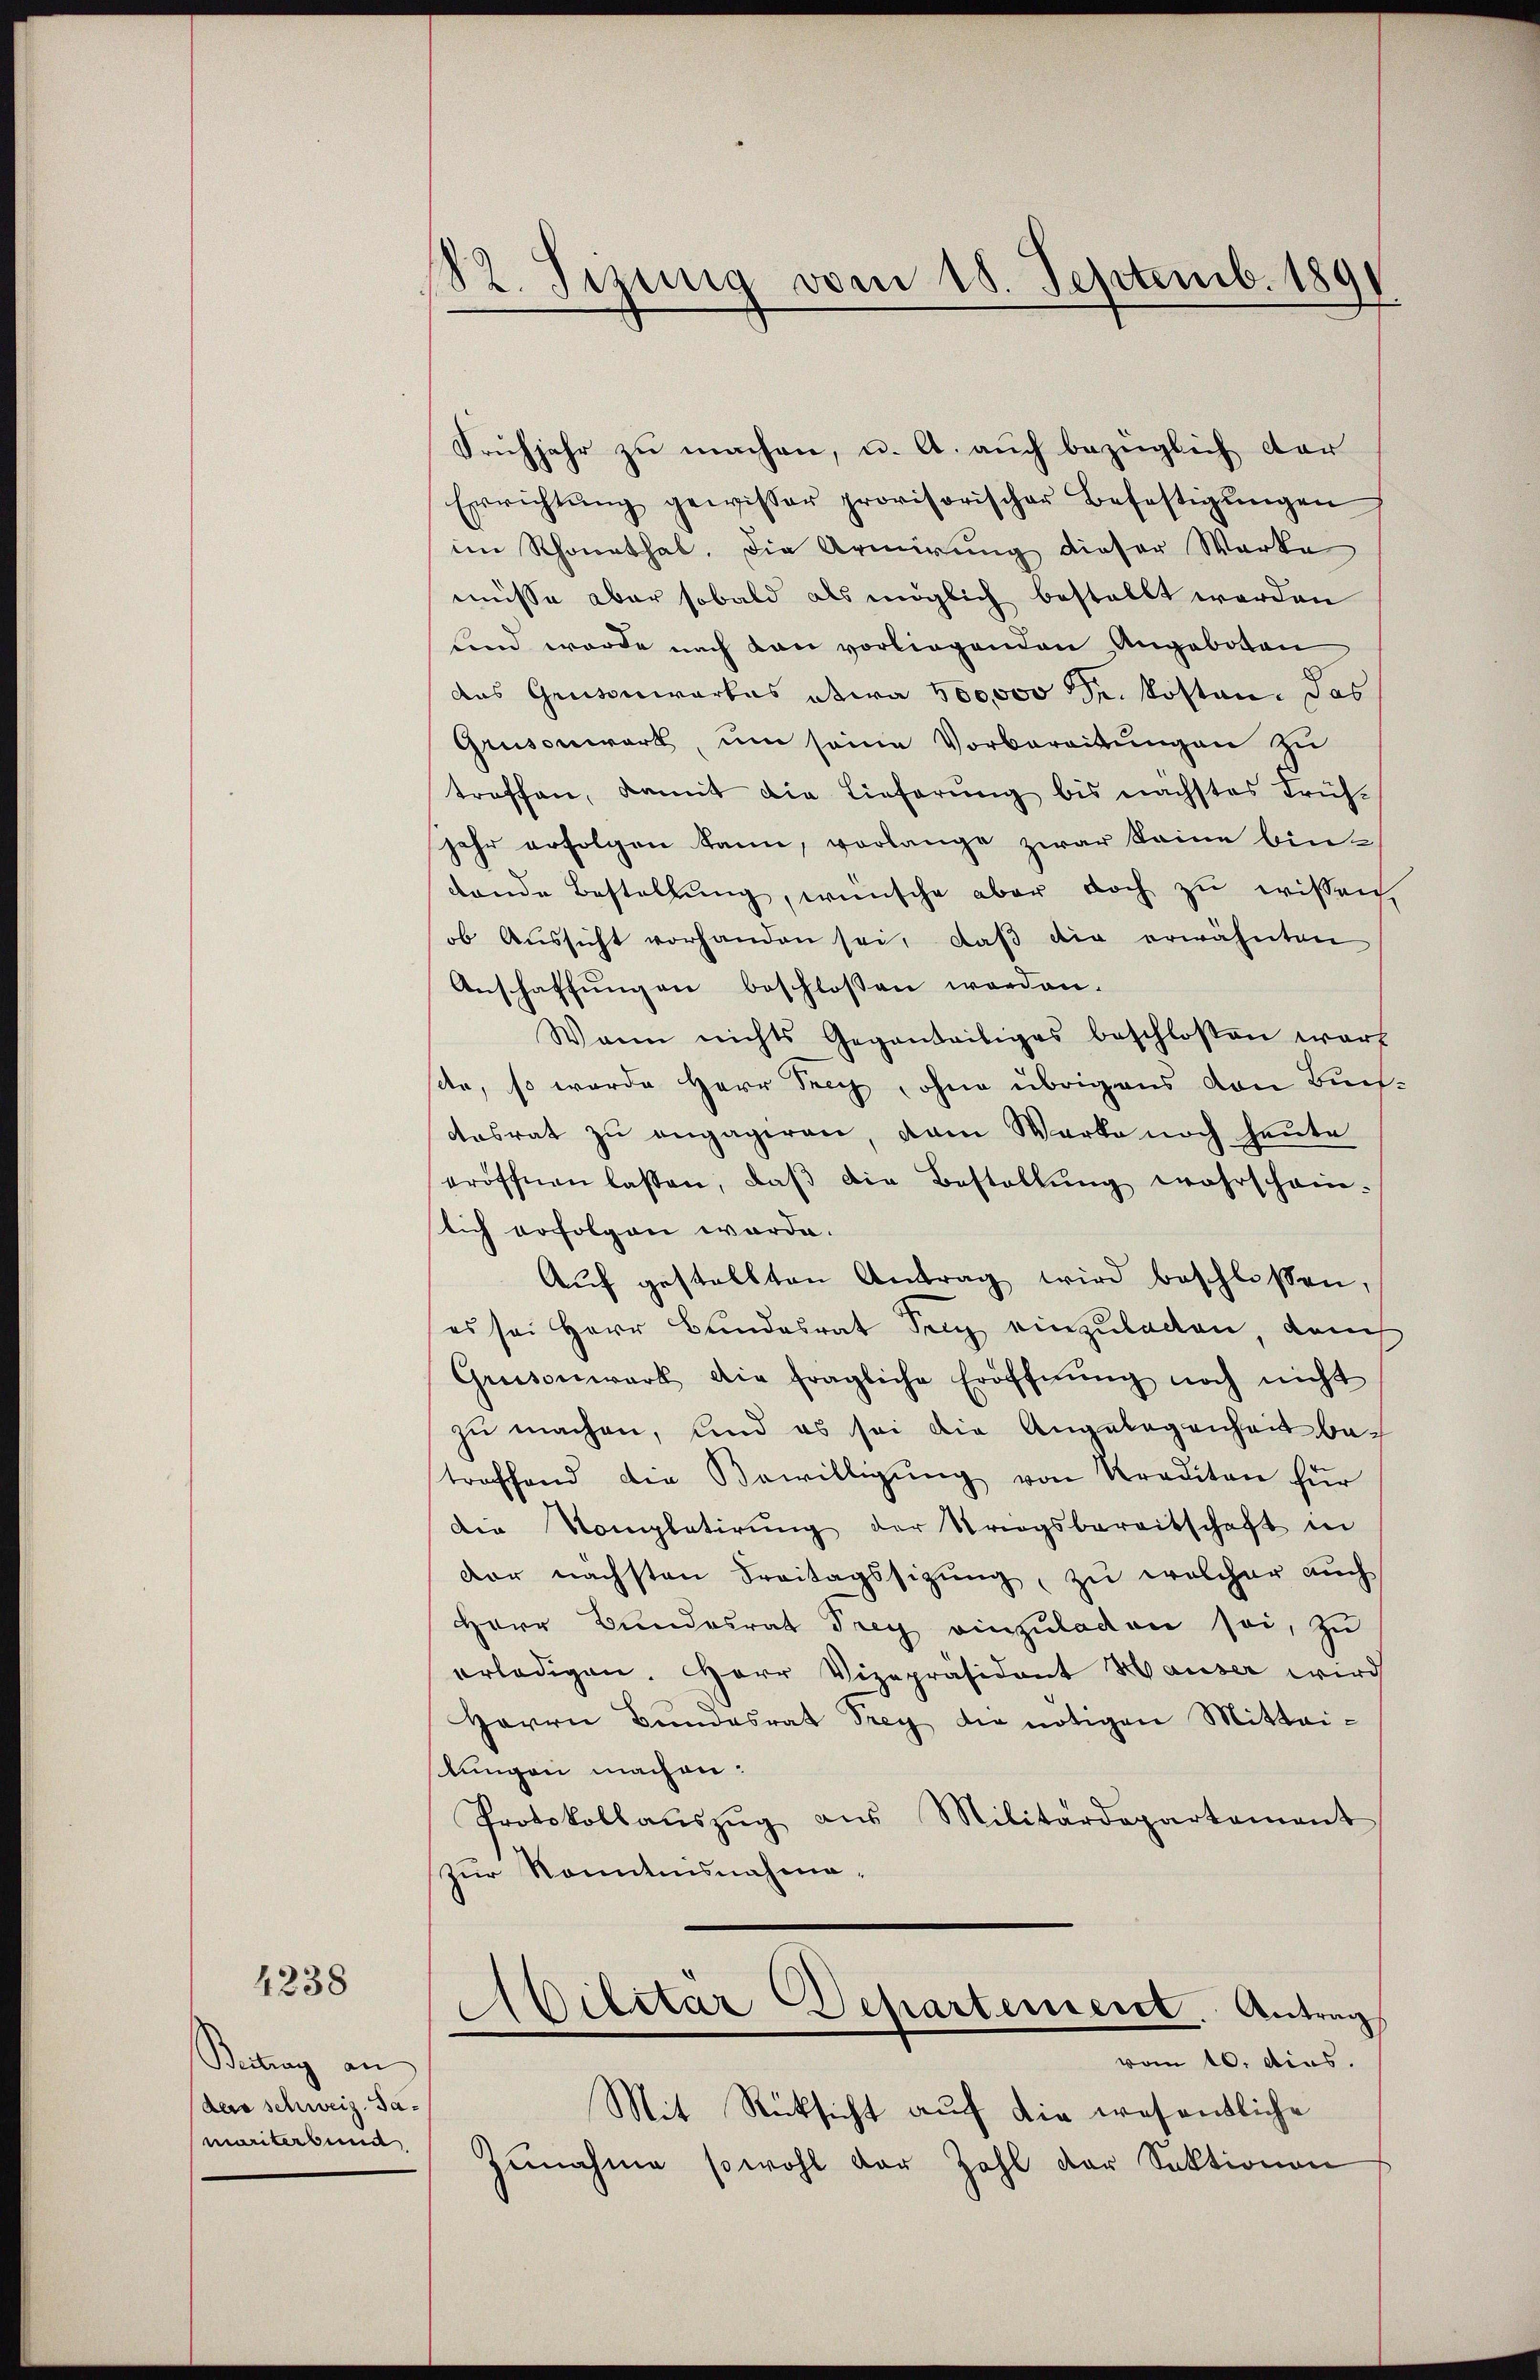
4238

Beitrag an
ders schweiz. Jamariterbund

82. Jezing vom 18. Septemb. 1891

Frühjahr zu machen, u. A. auch bezüglich dar
Errichtŭng gewisser provisorischer Befestigŭngen
im Rhonethal. Die Armirung dieser Werke
müsse aber sobald als möglich bestellt werden
fend werde nach den vorliegenden Angeboten
das Grusenwartes etwa 100,000 r. kosten. Das
Grüsenwart, um seine Vorbereitungen zu
troffen, damit die Lieferung bis nächstes Früh-
jahr erfolgen kann, vorlange zwar seine bindende Bestellŭng, wünsche aber doch zŭ wissen,
ob Aŭssicht vorhanden sei, daβ die erwähnten
Anschaffungen beschlossen worden.
Wann nichts Gegenteiliges beschlossen war
ste, so wurde Herr Seich, ohne übrigens von Buch
desrat zu engagiren, dem Werke noch heute
eröffnen lassen, daβ die Bestellŭng wahrschein-
lich erfolgen werde.
Aŭf gestellten Antrag wird beschlossen,
es sei Herr Bundesrat Sei einzuladen, dem
Griesenwart die fragliche Eröffnŭng noch nicht
zu machen, und es sei die Angelegenheit be-
troffend die Bewilligŭng von Krediton für
die Kompletirŭng der Stragsbereitschaft in
der nächsten Freitagssitŭng, zŭ welcher auch
Herr Bundesrat Frey einzŭladen sei, zu
erledigen. Herr Vizepräsident Hauser wird
Herrn Bŭndesrat Frey die nötigen Mittei-
stungen machen:
Protokollaŭszŭg aŭs Militärdepartement
Zur Kenntnisnahme.
d
Dilitär Departement. Antrag
vom 10. dies.
Mit Rücksicht auf die wesentliche
Zunahme sowohl der Zahl der Sektionen